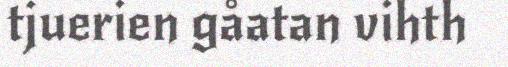
tjuerien gåatan vihth